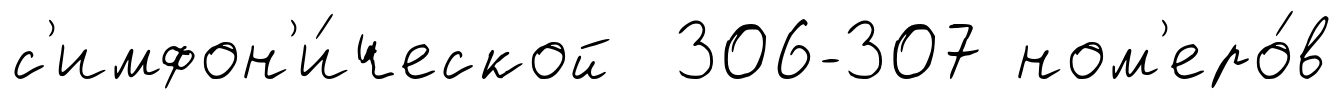
с'имфон'и́ческой 306-307 ном'еро́в